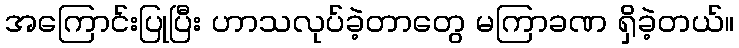
အကြောင်းပြုပြီး ဟာသလုပ်ခဲ့တာတွေ မကြာခဏ ရှိခဲ့တယ်။